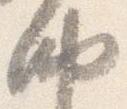
納